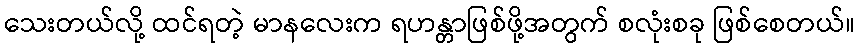
သေးတယ်လို့ ထင်ရတဲ့ မာနလေးက ရဟန္တာဖြစ်ဖို့အတွက် စလုံးစခု ဖြစ်စေတယ်။